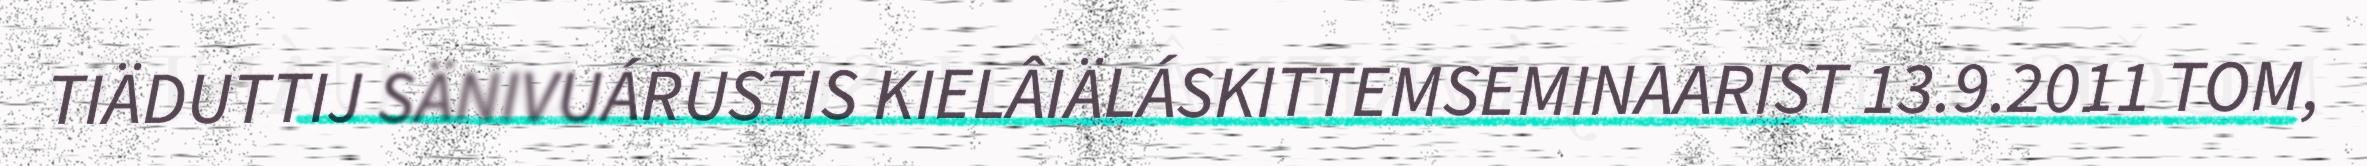
TIÄDUTTIJ SÄNIVUÁRUSTIS KIELÂIÄLÁSKITTEMSEMINAARIST 13.9.2011 TOM,